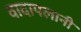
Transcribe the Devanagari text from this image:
वादापलानी